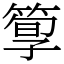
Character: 箰